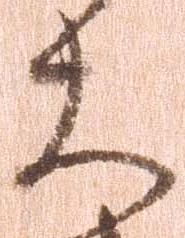
大